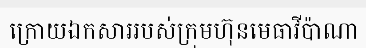
ក្រោយឯកសាររបស់ក្រុមហ៊ុនមេធាវីប៉ាណា